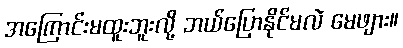
အကြောင်းမထူးဘူးလို့ ဘယ်ပြောနိုင်မလဲ မေဖျား။